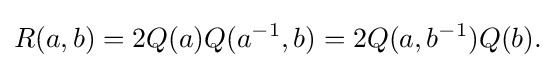
\displaystyle {R(a,b)=2Q(a)Q(a^{-1},b)=2Q(a,b^{-1})Q(b).}